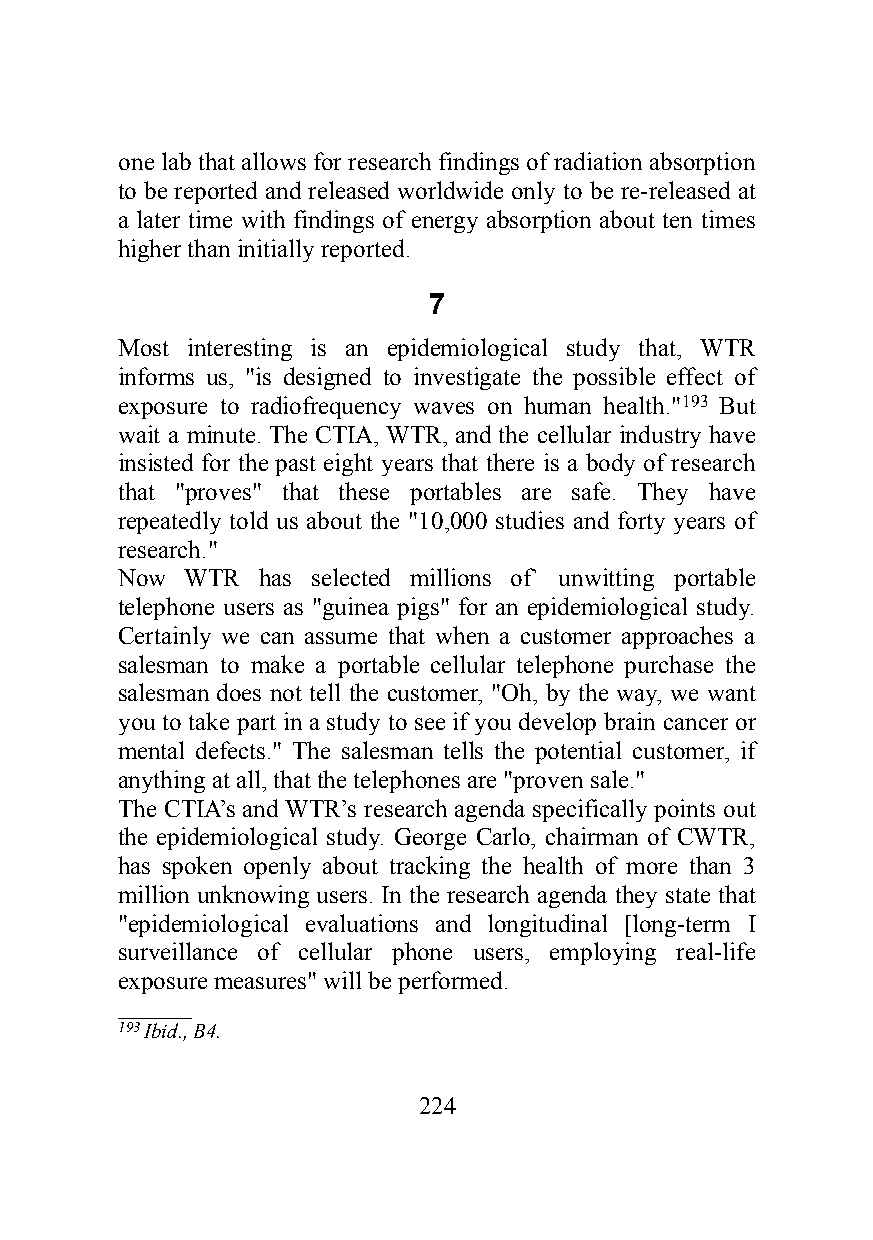
one lab that allows for research findings of radiation absorption
 to be reported and released worldwide only to be re-released at
 a later time with findings of energy absorption about ten times
 higher than initially reported.
 7
 Most interesting is an epidemiological study that, WTR
 informs us, "is designed to investigate the possible effect of
 exposure to radiofrequency waves on human health."193 But
 wait a minute. The CTIA, WTR, and the cellular industry have
 insisted for the past eight years that there is a body of research
 that "proves" that these portables are safe. They have
 repeatedly told us about the "10,000 studies and forty years of
 research."
 Now WTR  has selected millions of` unwitting portable
 telephone users as "guinea pigs" for an epidemiological study.
 Certainly we can assume that when a customer approaches a
 salesman to make a portable cellular telephone purchase the
 salesman does not tell the customer, "Oh, by the way, we want
 you to take part in a study to see if you develop brain cancer or
 mental defects." The salesman tells the potential customer, if
 anything at all, that the telephones are "proven sale."
 The CTIA’s and WTR’s research agenda specifically points out
 the epidemiological study. George Carlo, chairman of CWTR,
 has spoken openly about tracking the health of more than 3
 million unknowing users. In the research agenda they state that
 "epidemiological evaluations and longitudinal [long-term I
 surveillance of cellular phone users, employing real-life
 exposure measures" will be performed.
 _______
 193 Ibid., B4.
 224